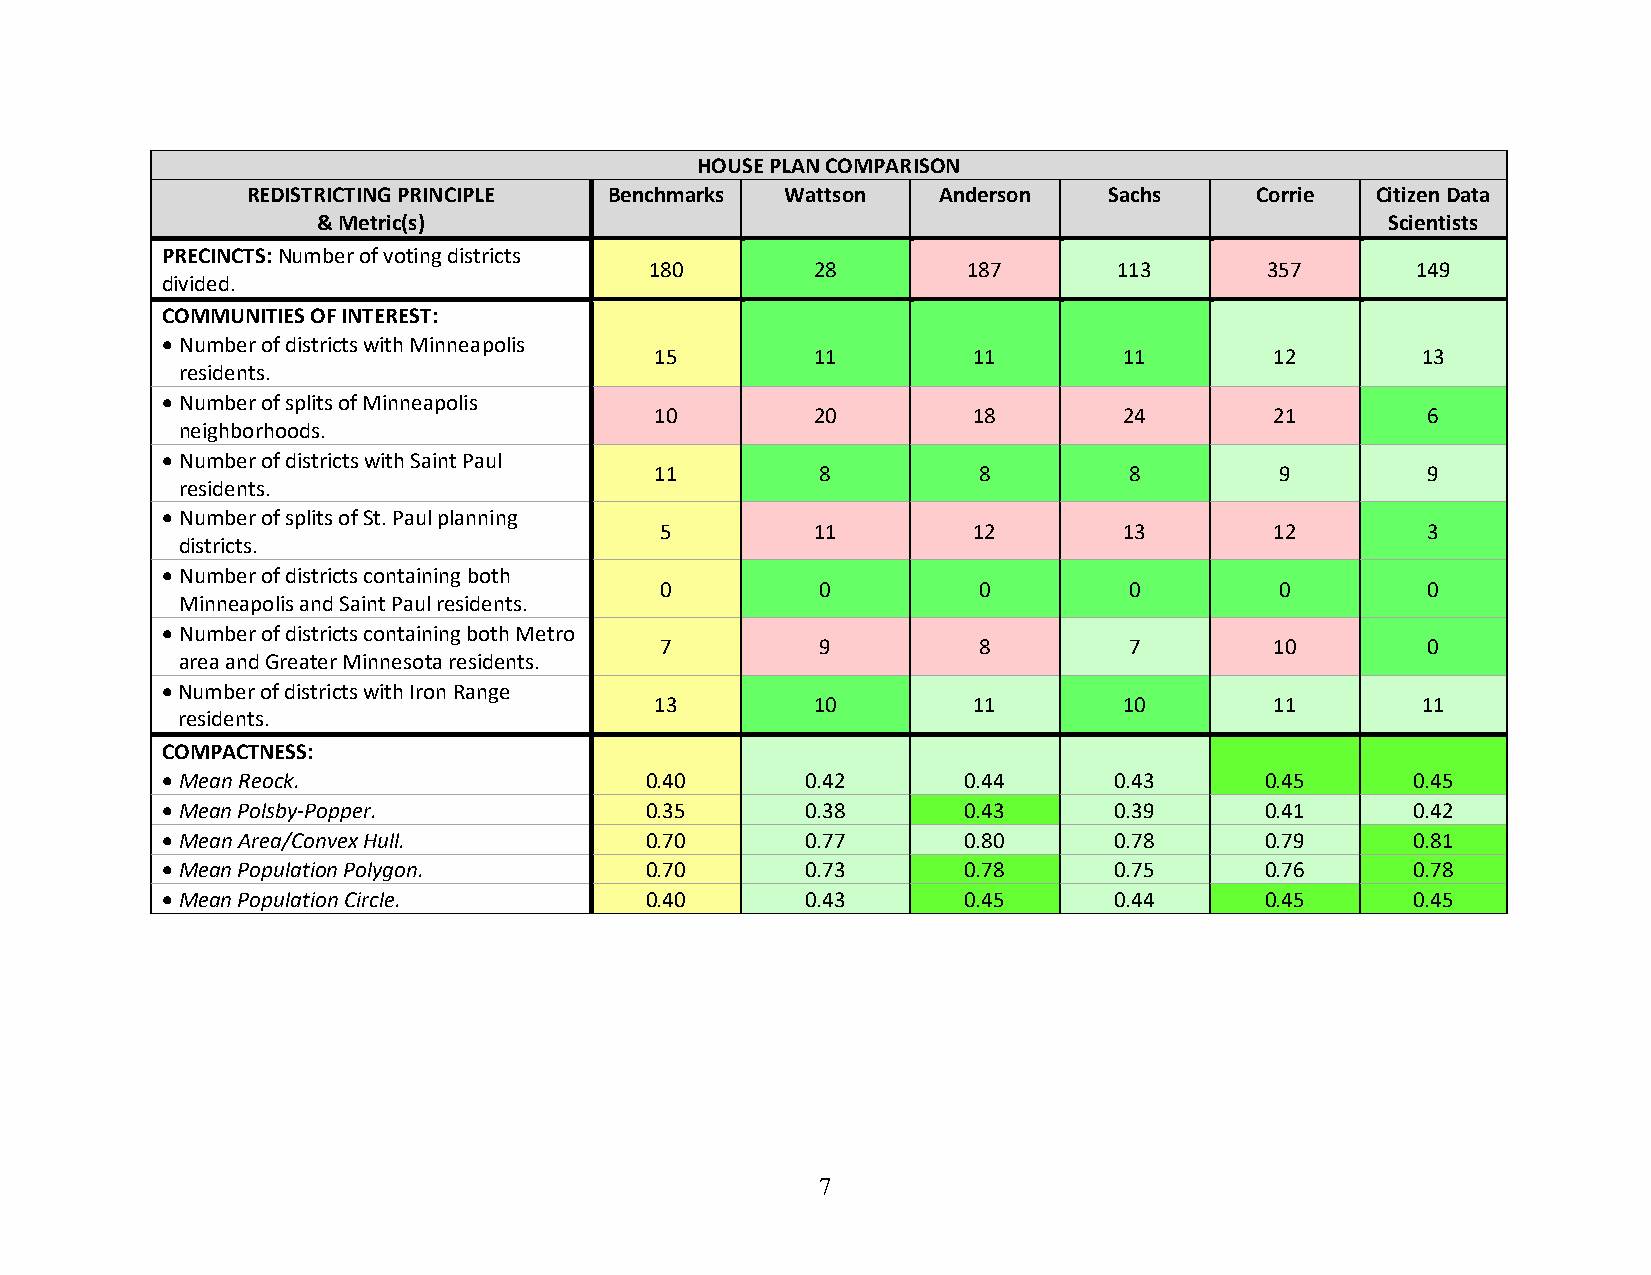
HOUSE PLAN COMPARISON
 REDISTRICTING PRINCIPLE Benchmarks  Wattson   Anderson   Sachs     Corrie  Citizen Data
 & Metric(s)                                                            Scientists
 PRECINCTS: Number of voting districts
 180        28        187       113       357       149
 divided.
 COMMUNITIES OF INTEREST:
  Numberof districts with Minneapolis
 15         11        11        11        12        13
 residents.
  Number of splits of Minneapolis
 10         20        18        24        21        6
 neighborhoods.
  Number of districts with Saint Paul
 11         8          8         8         9        9
 residents.
  Number of splits of St. Paul planning
 5         11        12        13        12        3
 districts.
  Number of districts containing both
 0         0          0         0         0        0
 Minneapolis and Saint Paul residents.
  Number of districts containing both Metro
 7         9          8         7        10        0
 area and Greater Minnesota residents.
 Number of districts with Iron Range
 13         10        11        10        11        11
 residents.
 COMPACTNESS:
  Mean Reock.                   0.40      0.42       0.44      0.43      0.45     0.45
  Mean Polsby-Popper.           0.35      0.38       0.43      0.39      0.41     0.42
  Mean Area/Convex Hull.        0.70      0.77       0.80      0.78      0.79     0.81
  Mean Population Polygon.      0.70      0.73       0.78      0.75      0.76     0.78
  Mean Population Circle.       0.40      0.43       0.45      0.44      0.45     0.45
 7